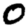
Digit: 0